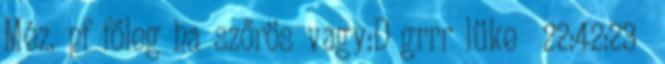
Méz. pf főleg ha szőrös vagy:D grrr lüke 22:42:23